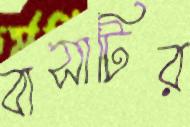
বাসাটির